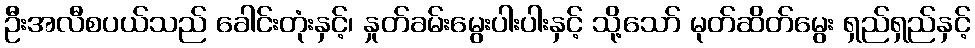
ဦးအလီစပယ်သည် ခေါင်းတုံးနှင့်၊ နှုတ်ခမ်းမွေးပါးပါးနှင့် သို့သော် မုတ်ဆိတ်မွေး ရှည်ရှည်နှင့်